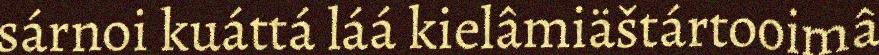
sárnoi kuáttá láá kielâmiäštártooimâ